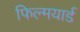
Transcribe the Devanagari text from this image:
फिल्मयार्ड